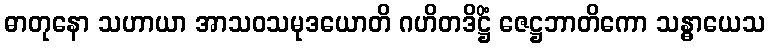
ဓာတုနော သဟာယာ အာသဝသမုဒယောတိ ဂဟိတဒိဋ္ဌိံ ဇေဋ္ဌဘာတိကော သန္ဓာယေသ